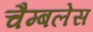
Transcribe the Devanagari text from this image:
चैम्बलेस